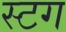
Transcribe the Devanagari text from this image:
स्टग